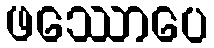
ဖဿောပေ